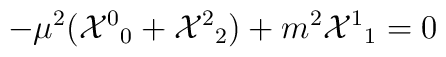
-\mu^2 ({{\cal X}^0}_0 + {{\cal X}^2}_2) + m^2 {{\cal X}^1}_1  = 0